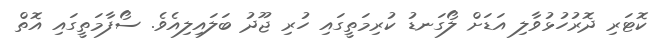
ކޮޓަރި ދޮރުހުޅުވާލި އަޑަށް ލޯގަނޑު ކުރިމަތީގައި ހުރި ޖޫދު ބަލައިލިއެވެ. ސޯފާމަތީގައި އޮތް